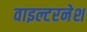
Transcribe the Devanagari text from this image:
वाइल्टरनेश